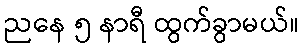
ညနေ ၅ နာရီ ထွက်ခွာမယ်။